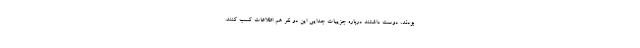
بودند، دوست داشتند درباره جزییات جدایی این دو نفر هم اطلاعات کسب کنند.